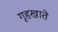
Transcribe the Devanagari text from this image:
गृहखाते